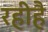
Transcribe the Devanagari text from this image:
रहीहै